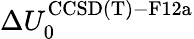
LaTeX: \Delta U_{0}^{\mathrm{CCSD(T)-F12a}}